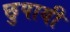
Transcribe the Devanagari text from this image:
छुपायी